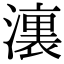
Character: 𣿞